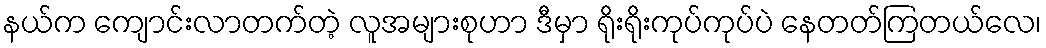
နယ်က ကျောင်းလာတက်တဲ့ လူအများစုဟာ ဒီမှာ ရိုးရိုးကုပ်ကုပ်ပဲ နေတတ်ကြတယ်လေ၊